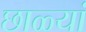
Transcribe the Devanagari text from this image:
छाळ्यां